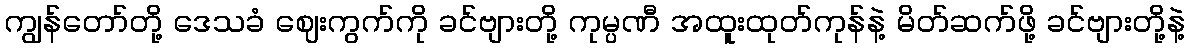
ကျွန်တော်တို့ ဒေသခံ ဈေးကွက်ကို ခင်ဗျားတို့ ကုမ္ပဏီ အထူးထုတ်ကုန်နဲ့ မိတ်ဆက်ဖို့ ခင်ဗျားတို့နဲ့